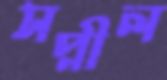
সপ্নীল